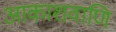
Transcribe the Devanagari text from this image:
आकाशवाणि